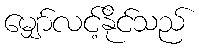
မျှော်လင့်နိုင်သည်